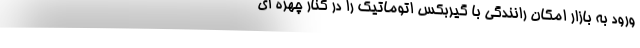
ورود به بازار امکان رانندگی با گیربکس اتوماتیک را در کنار چهره ای